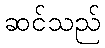
ဆင်သည်